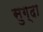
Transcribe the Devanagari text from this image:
सुग़्दा